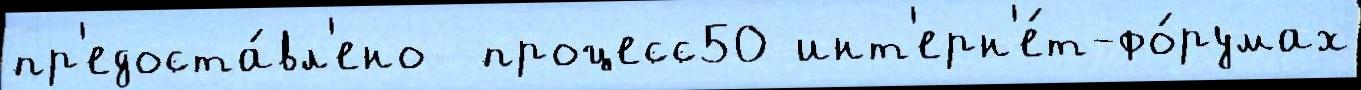
пр'едоста́вл'ено  процесс50 инт'ерн'е́т-фо́румах